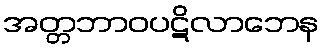
အတ္တဘာဝပဋိလာဘေန